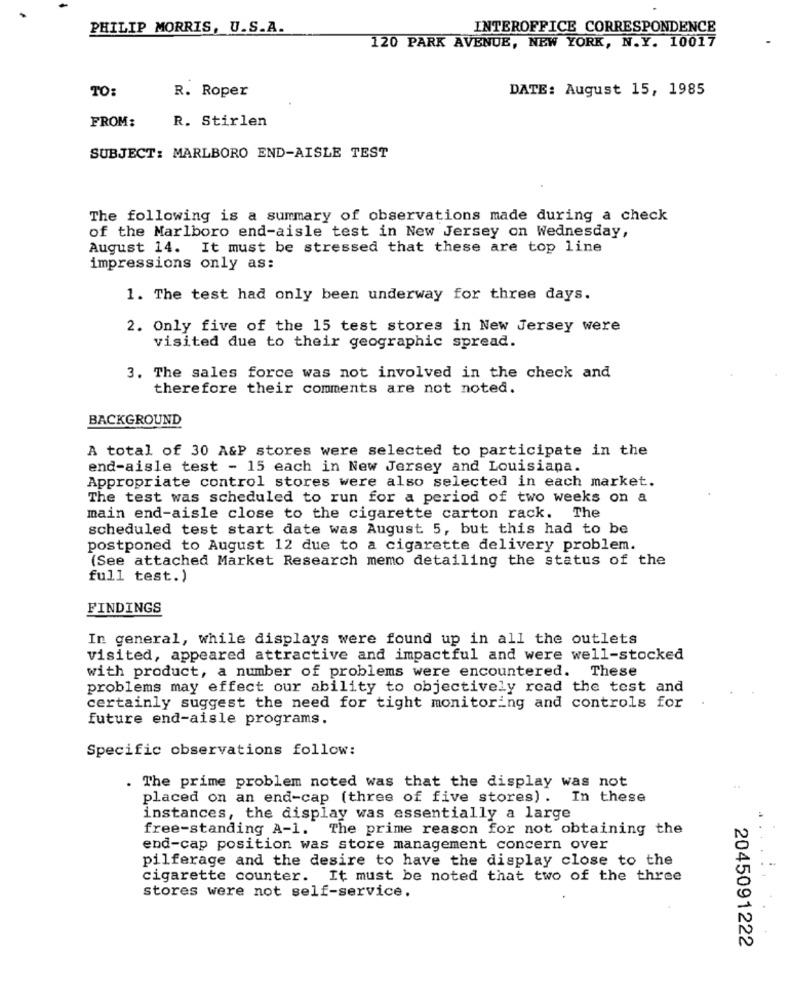
PHILIP MORRIS, U.S.A.
INTEROFFICE CORRESPONDENCE
120 PARK AVENUE, NEW YORK, N.Y. 10017
TO:
R. Roper
DATE: August 15, 1985
FROM:
R. Stirlen
SUBJECT: MARLBORO END-AISLE TEST
The following is a summary of observations made during a check
of the Marlboro end-aisle test in New Jersey on Wednesday,
August 14. It must be stressed that these are top line
impressions only as:
1. The test had only been underway for three days.
2. Only five of the 15 test stores in New Jersey were
visited due to their geographic spread.
3. The sales force was not involved in the check and
therefore their comments are not noted.
BACKGROUND
A total of 30 A&P stores were selected to participate in the
end-aisle test - 15 each in New Jersey and Louisiana.
Appropriate control stores were also selected in each market.
The test was scheduled to run for a period of two weeks on a
main end-aisle close to the cigarette carton rack. The
scheduled test start date was August 5, but this had to be
postponed to August 12 due to a cigarette delivery problem.
(See attached Market Research memo detailing the status of the
full test.)
FINDINGS
In general, while displays were found up in all the outlets
visited, appeared attractive and impactful and were well-stocked
with product, a number of problems were encountered. These
problems may effect our ability to objectively read the test and
certainly suggest the need for tight monitoring and controls for
future end-aisle programs.
Specific observations follow:
. The prime problem noted was that the display was not
placed on an end-cap (three of five stores). In these
instances, the display was essentially a large
free-standing A-1. The prime reason for not obtaining the
end-cap position was store management concern over
pilferage and the desire to have the display close to the
cigarette counter. It must be noted that two of the three
stores were not self-service.
2045091222